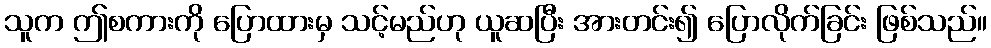
သူက ဤစကားကို ပြောထားမှ သင့်မည်ဟု ယူဆပြီး အားတင်း၍ ပြောလိုက်ခြင်း ဖြစ်သည်။